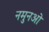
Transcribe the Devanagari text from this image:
नमुनओ